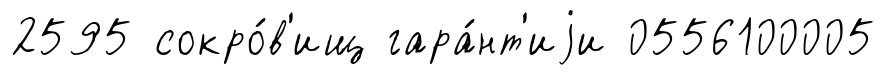
2595 сокро́в'ищ гара́нт'иjи 0556100005